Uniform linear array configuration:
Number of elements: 24
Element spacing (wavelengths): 0.75
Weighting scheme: binomial
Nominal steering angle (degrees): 30
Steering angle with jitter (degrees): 29.857
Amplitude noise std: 0.05
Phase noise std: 0.05

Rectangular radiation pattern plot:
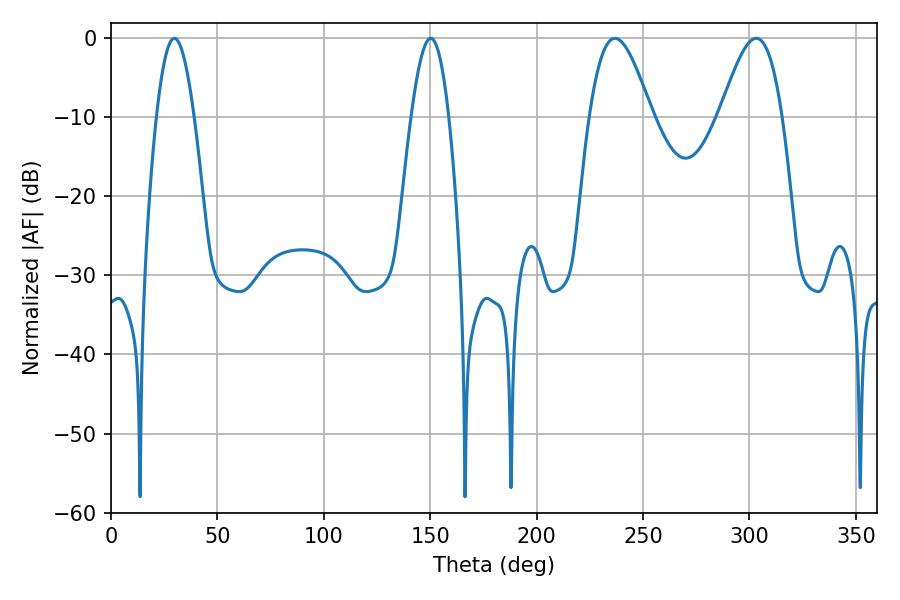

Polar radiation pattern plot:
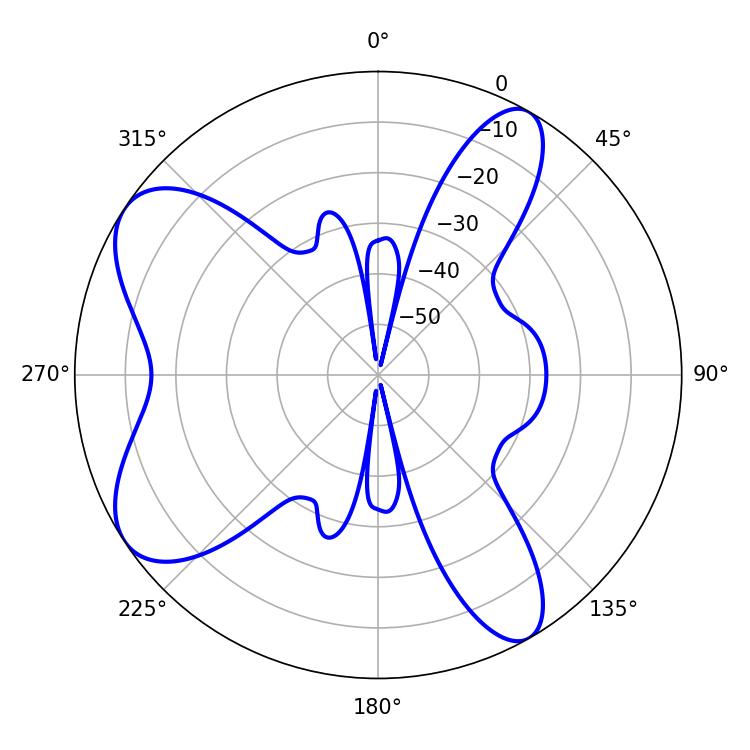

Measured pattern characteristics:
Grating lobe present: TRUE
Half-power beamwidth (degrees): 15.66
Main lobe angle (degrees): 236.88